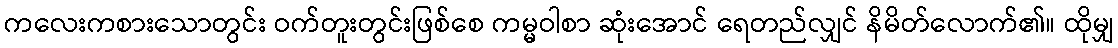
ကလေးကစားသောတွင်း ဝက်တူးတွင်းဖြစ်စေ ကမ္မဝါစာ ဆုံးအောင် ရေတည်လျှင် နိမိတ်လောက်၏။ ထိုမျှ